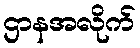
ဌာနအလိုက်